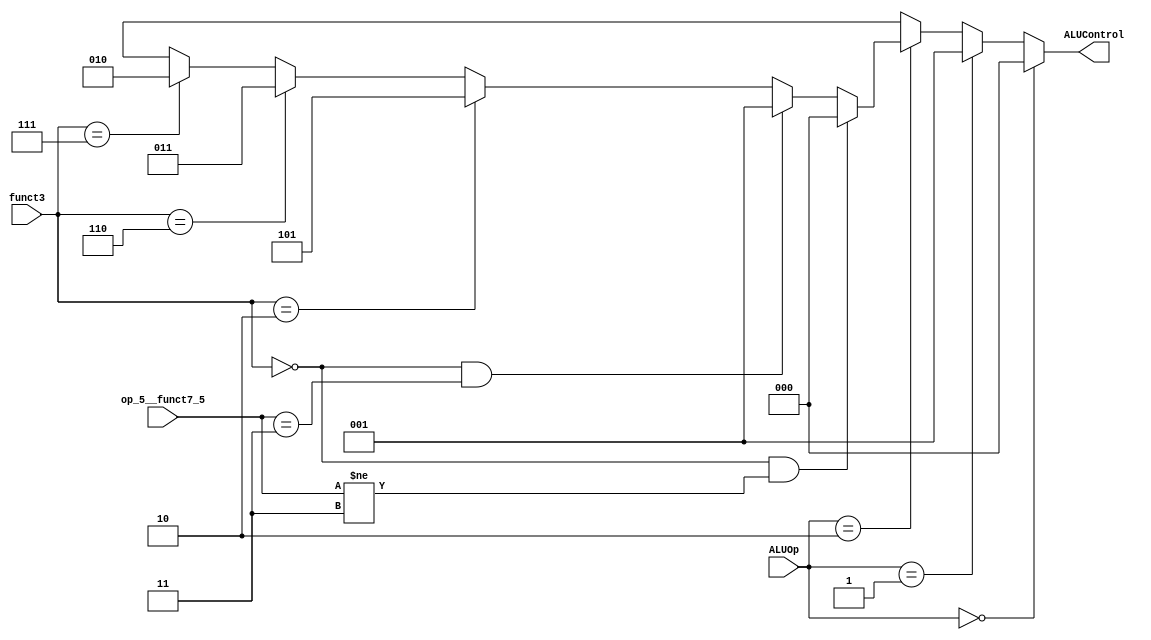
module ALU_decoder
(
	input [1 : 0] ALUOp,
	input [2 : 0] funct3,
	input [1 : 0] op_5__funct7_5,
	output reg [2 : 0] ALUControl
);

always @(*)
begin
	if (ALUOp == 0)
		ALUControl = 3'b000;	//Addition.
	else if (ALUOp == 1)
		ALUControl = 3'b001;	//Subtraction.
	else if (ALUOp == 2)
	begin
		if (funct3 == 0 && op_5__funct7_5 != 3)
			ALUControl = 3'b000;	//Addition.
		else if (funct3 == 0 && op_5__funct7_5 == 3)
			ALUControl = 3'b001;	//Subtraction.
		else if (funct3 == 2)
			ALUControl = 3'b101;	//slt.
		else if (funct3 == 6)
			ALUControl = 3'b011;	//Bitwise OR.
		else if (funct3 == 7)
			ALUControl = 3'b010;	//Bitwise AND.
		else
			ALUControl = 3'bxxx;	//Default case.
	end

	else
		ALUControl = 3'bxxx;	//Default case.
end

endmodule